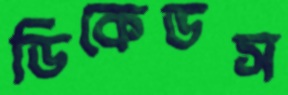
ডিকেডস